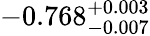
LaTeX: -0.768_{-0.007}^{+0.003}